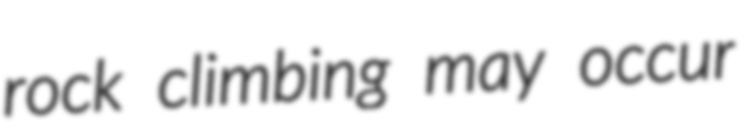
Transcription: rock climbing may occur